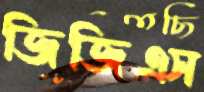
জিজিএস